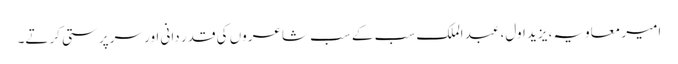
امیر معاویہ، یزید اول، عبد الملک سب کے سب شاعروں کی قدر دانی اور سرپرستی کرتے۔